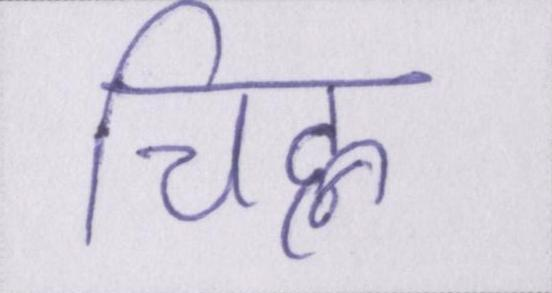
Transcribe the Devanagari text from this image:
चिह्न